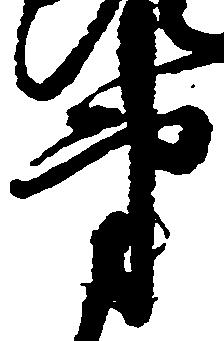
第